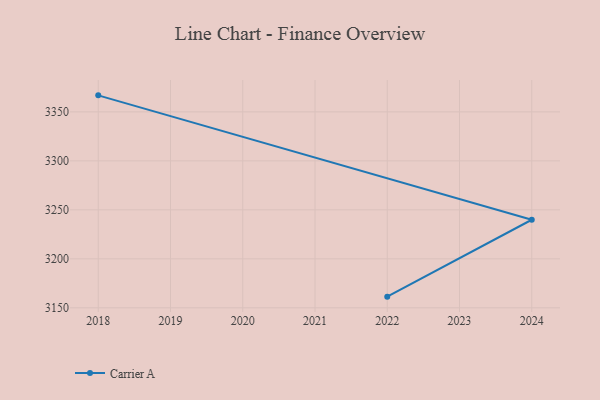
{"axis": {"x": "Year", "y": "Bounce Rate (%)"}, "legend": ["Carrier A"], "data": [{"x": "2018", "y": 3366.9, "type": "Carrier A"}, {"x": "2024", "y": 3239.9, "type": "Carrier A"}, {"x": "2022", "y": 3161.4, "type": "Carrier A"}]}